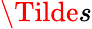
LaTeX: \Tilde{s}